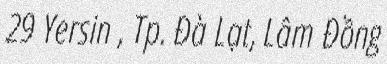
29 Yersin , Tp. Đà Lạt, Lâm Đồng